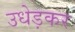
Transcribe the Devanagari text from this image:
उधेड़कर